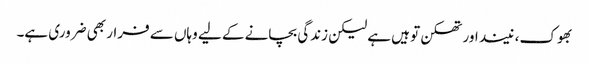
بھوک، نیند اور تھکن تو ہیں ہے لیکن زندگی بچانے کے لیے وہاں سے فرار بھی ضروری ہے۔